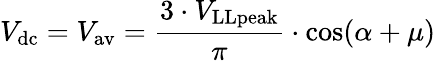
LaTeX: V_{\mathrm{dc}}=V_{\mathrm{av}}={\frac{3\cdot V_{\mathrm{LLpeak}}}{\pi}}\cdot\cos(\alpha+\mu)